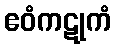
ဧဝံကဋုကံ